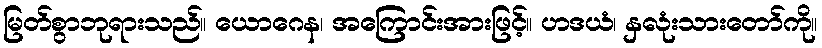
မြတ်စွာဘုရားသည်။ ယောဂေန၊ အကြောင်းအားဖြင့်။ ဟဒယံ၊ နှလုံးသားတော်ကို။